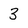
Character: 3